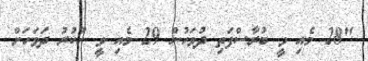
"28 މެއި ވީ ބުރާސްފަތި ދުވަހުން 29 މެއި ވީ ހުކުރު ދަވަހަށް